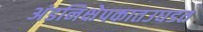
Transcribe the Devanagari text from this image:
अंडनिक्षेपकातउघडत